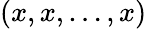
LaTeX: (x,x,\ldots,x)